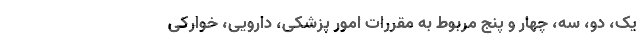
یک، دو، سه، چهار و پنج مربوط به مقررات امور پزشکی، دارویی، خوارکی